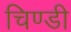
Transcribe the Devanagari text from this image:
चिण्डी